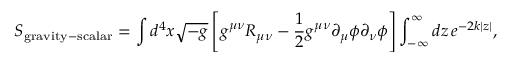
S _ { \mathrm { g r a v i t y - s c a l a r } } = \int d ^ { 4 } { x } \sqrt { - g } \left[ g ^ { \mu \nu } R _ { \mu \nu } - \frac { 1 } { 2 } g ^ { \mu \nu } \partial _ { \mu } \phi \partial _ { \nu } \phi \right] \int _ { - \infty } ^ { \infty } d z \, e ^ { - 2 k | z | } ,